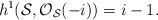
\begin{align*}h^{1}({\cal S}, {\cal O}_{{\cal S}}(-i)) =i-1.\end{align*}